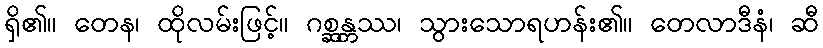
ရှိ၏။ တေန၊ ထိုလမ်းဖြင့်။ ဂစ္ဆန္တဿ၊ သွားသောရဟန်း၏။ တေလာဒီနံ၊ ဆီ